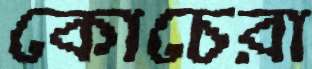
কোচেরা